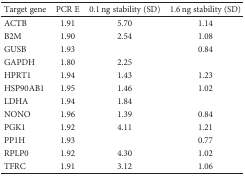
| Target gene | PCR E | 0.1 ng stability (SD) | 1.6 ng stability (SD) |
 | --- | --- | --- | --- |
 | ACTB | 1.91 | 5.70 | 1.14 |
 | B2M | 1.90 | 2.54 | 1.08 |
 | GUSB | 1.93 |  | 0.84 |
 | GAPDH | 1.80 | 2.25 |  |
 | HPRT1 | 1.94 | 1.43 | 1.23 |
 | HSP90AB1 | 1.95 | 1.46 | 1.02 |
 | LDHA | 1.94 | 1.84 |  |
 | NONO | 1.96 | 1.39 | 0.84 |
 | PGK1 | 1.92 | 4.11 | 1.21 |
 | PP1H | 1.93 |  | 0.77 |
 | RPLP0 | 1.92 | 4.30 | 1.02 |
 | TFRC | 1.91 | 3.12 | 1.06 |